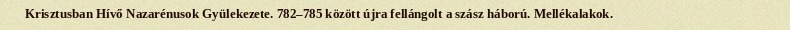
Krisztusban Hívő Nazarénusok Gyülekezete. 782–785 között újra fellángolt a szász háború. Mellékalakok.